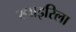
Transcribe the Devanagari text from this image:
स्पाइरिला